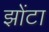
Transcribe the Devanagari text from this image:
झोंटा